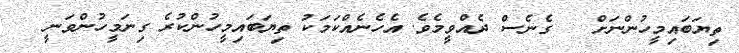
ތިޔަބައިމީހުންނަށް   ގެނެސް ދެއްވީމެވެ. އެހެނެއްކަމަކު ތިޔަބައިމީހުންކުރެ ގިނަމީހުންވަނީ